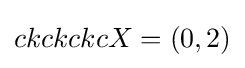
ckckckcX=(0,2)